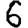
Digit: 6